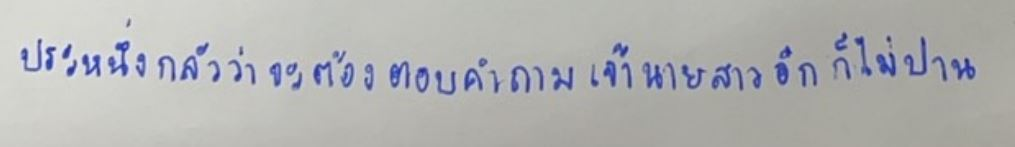
ประหนึ่งกลัวว่าจะต้องตอบคำถามเจ้านายสาวอีกก็ไม่ปาน